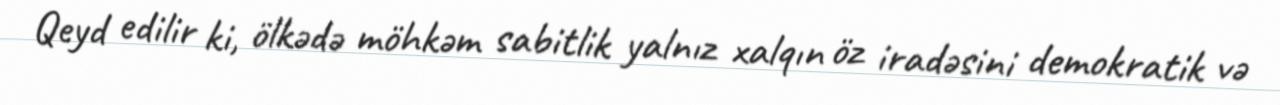
Qeyd edilir ki, ölkədə möhkəm sabitlik yalnız xalqın öz iradəsini demokratik və